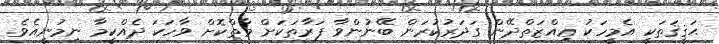
ޙަޤީޤަތަކީ އެމީހަކު ޢިއްޒަތްދޭން ގަދަރުކުރަން ބޭނުންވާ ފަރާތަކަށް މާތްކޮށް ވާހަކަ ދެއްކީމާ ނިމުނީއެވެ.